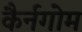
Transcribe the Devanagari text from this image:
कैर्नगोम